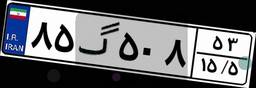
۸۲گ۲۴۱۷۴